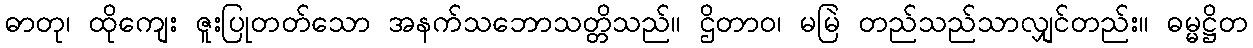
ဓာတု၊ ထိုကျေး ဇူးပြုတတ်သော အနက်သဘောသတ္တိသည်။ ဌိတာဝ၊ မမြဲ တည်သည်သာလျှင်တည်း။ ဓမ္မဋ္ဌိတ